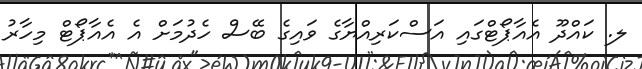
ލ. ކައްދޫ އެއާޕޯޓްގައި އަސްކަރިއްޔާގެ ވައިގެ ބޭސް ހެދުމަށް އެ އެއާޕޯޓް މިހާރު